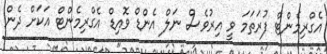
އެގްރިމެންޓް ފުރަތަމަ ވީ އިރުވެސް ނަލް އެންޑް ވޮއިޑް އެގްރިމެންޓް އަކަށް ދެން